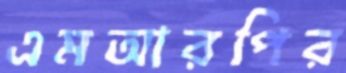
এমআরপির